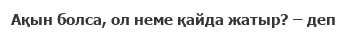
Ақын болса, ол неме қайда жатыр? – деп